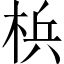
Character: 梹